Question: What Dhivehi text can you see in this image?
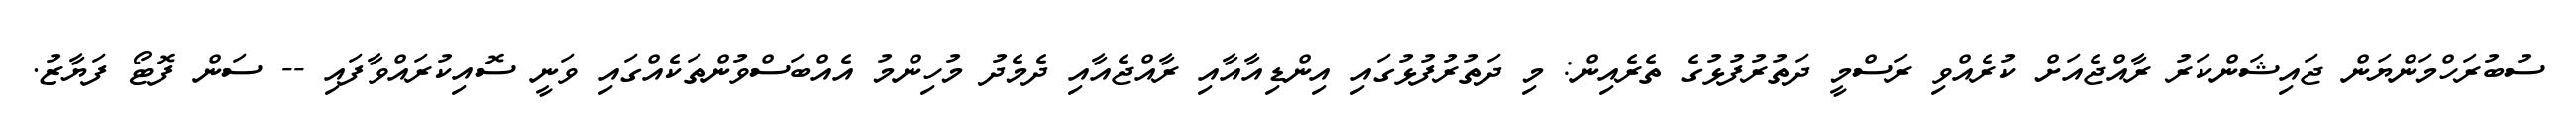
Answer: ސުބުރަހްމަންޔަން ޖައިޝަންކަރު ރާއްޖެއަށް ކުރެއްވި ރަސްމީ ދަތުރުފުޅުގެ ތެރެއިން: މި ދަތުރުފުޅުގައި އިންޑިއާއާއި ރާއްޖެއާއި ދެމެދު މުހިންމު އެއްބަސްވުންތަކެއްގައި ވަނީ ސޮއިކުރައްވާފައި -- ސަން ފޮޓޯ ފަޔާޒު.